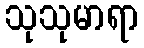
သုသုမာရာ